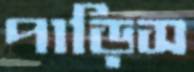
পাড়িস